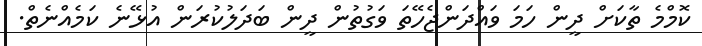
ކޮމްމެ ތާކަށް ދީން ހަމަ ވައްދަންޖެހޭތަ ވަގުތުން ދީން ބަދަލުކުރަން އުޅޭނެ ކަމެއްނެތް.